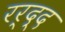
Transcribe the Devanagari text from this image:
रर्द्द